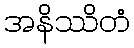
အနိဿိတံ